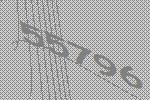
55796